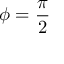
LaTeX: \phi = { \frac { \pi } { 2 } }